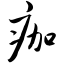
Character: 痂